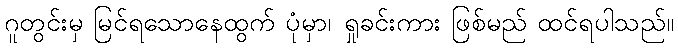
ဂူတွင်းမှ မြင်ရသောနေထွက် ပုံမှာ၊ ရှုခင်းကား ဖြစ်မည် ထင်ရပါသည်။